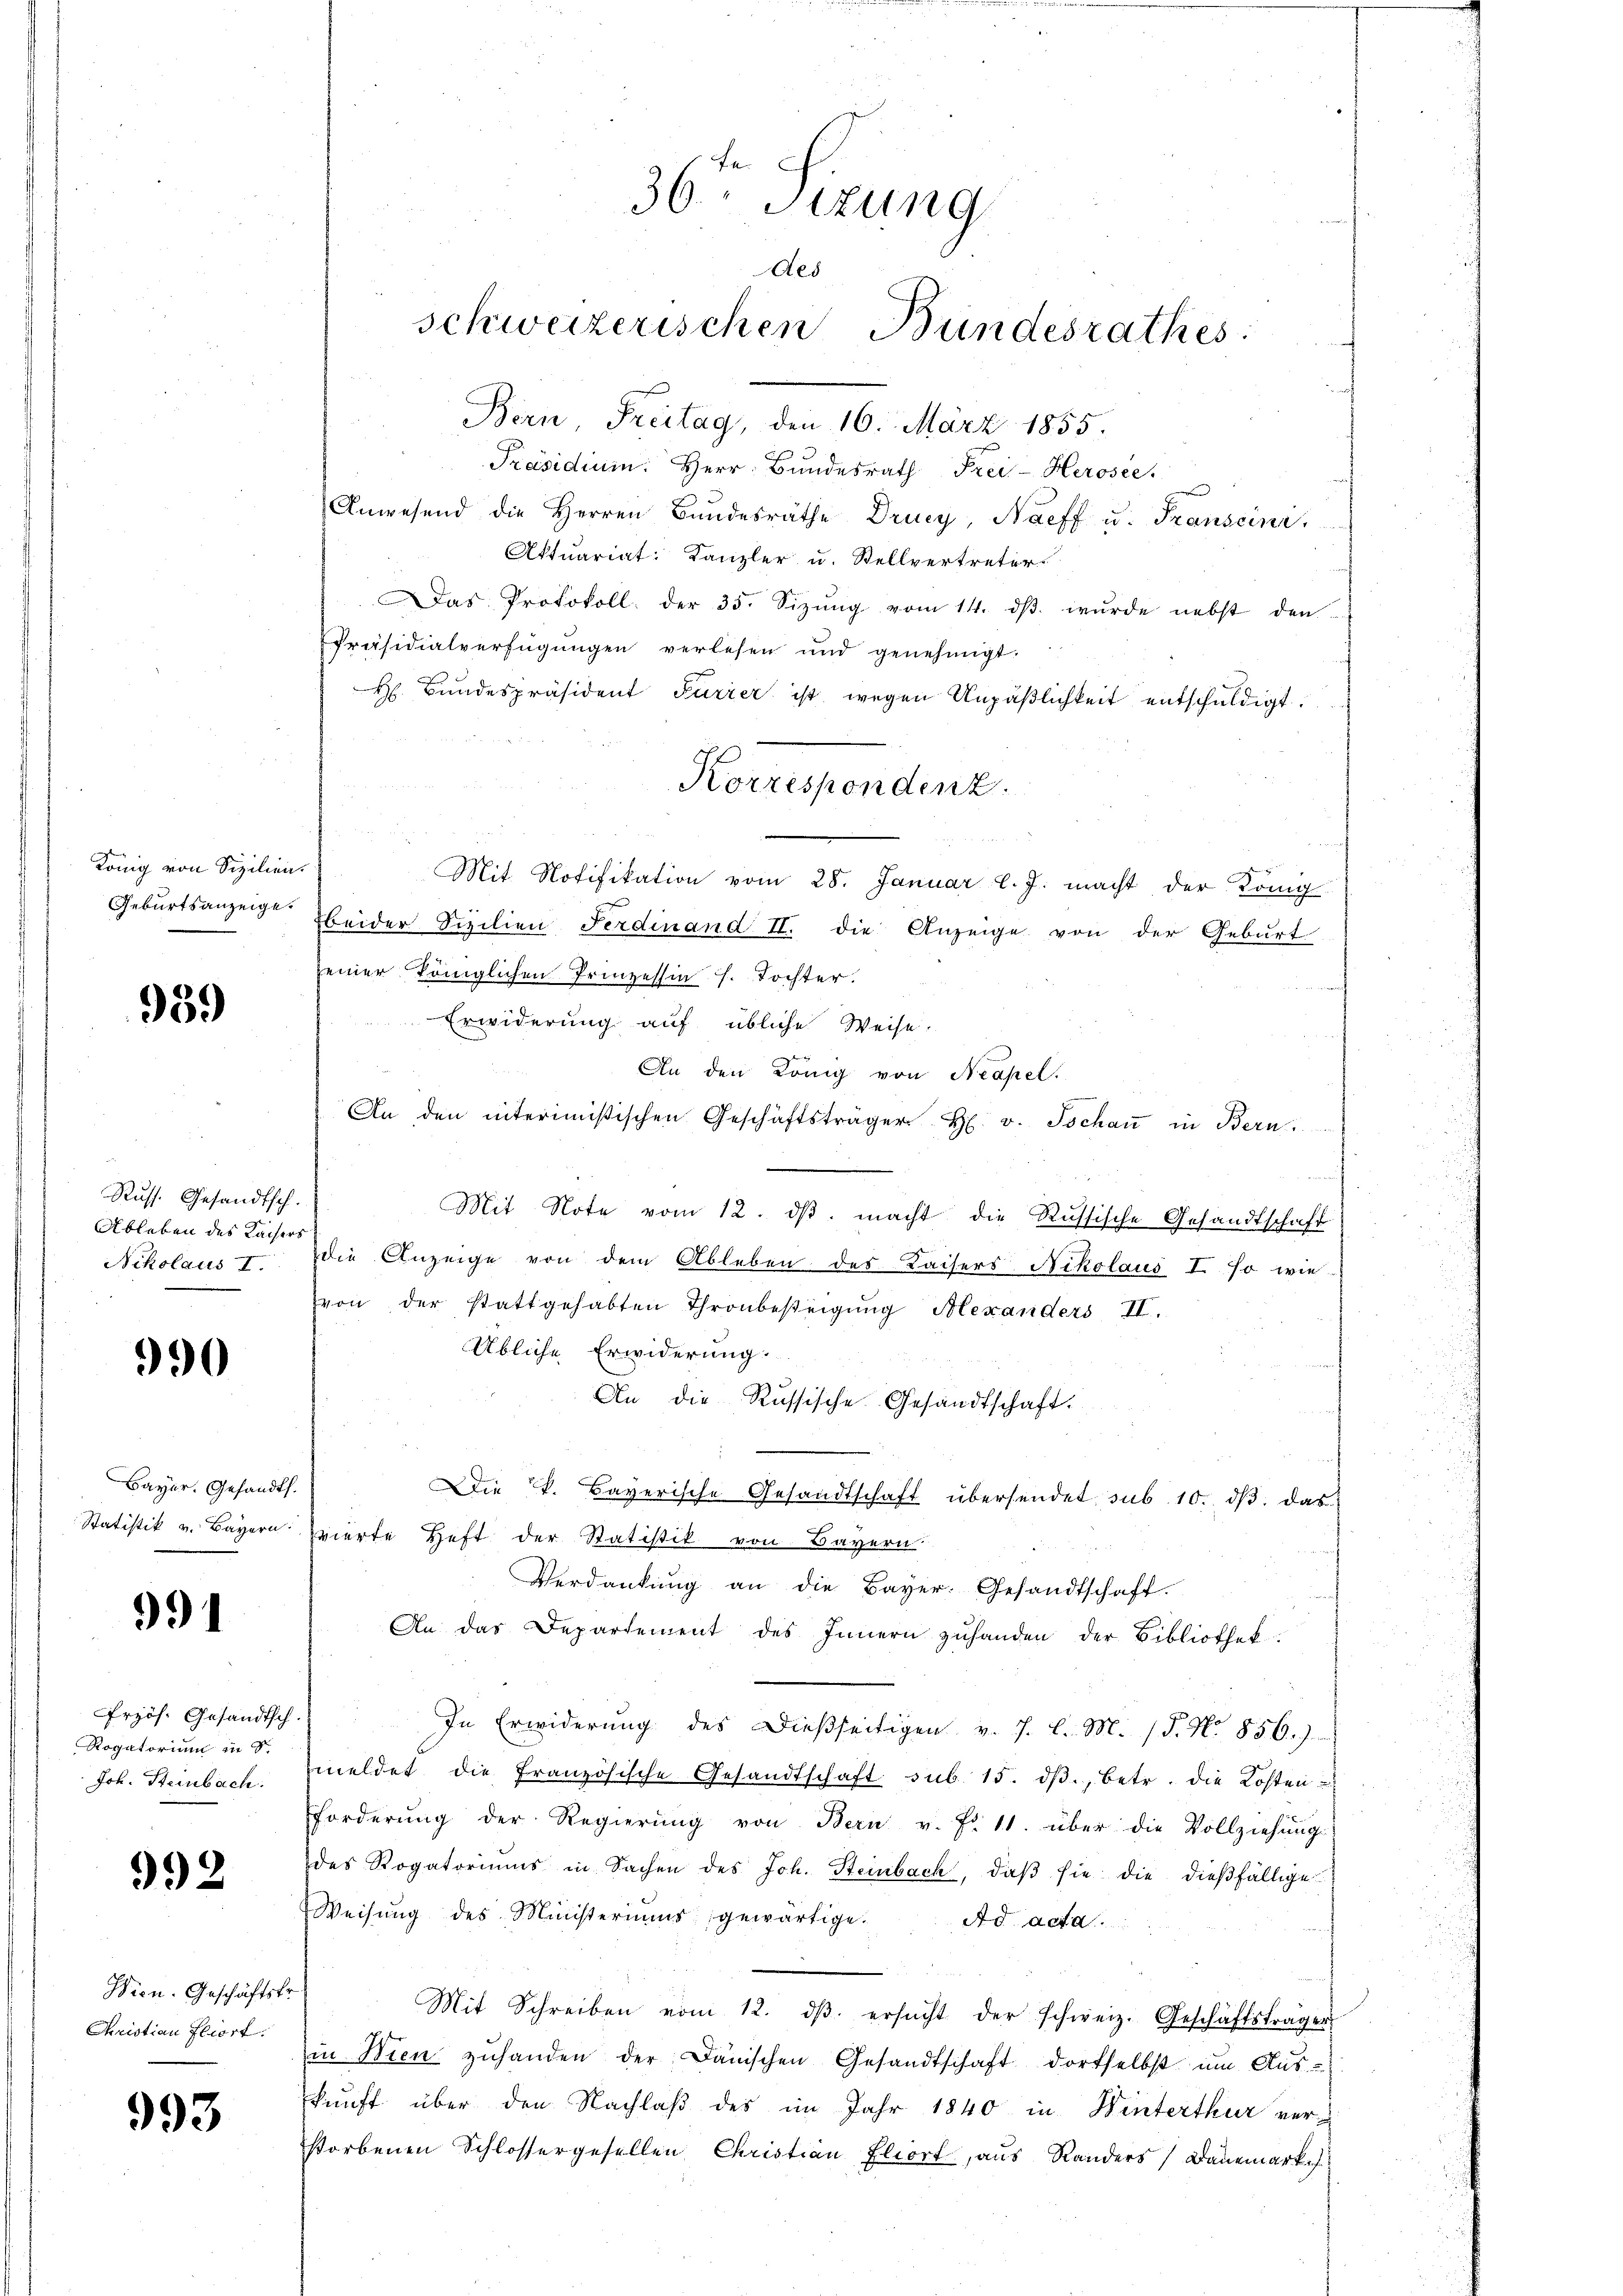
König von Sizilien.

959

Russ. Gesandtsch.
Ableben des Kaisers

990

Bayer. Gesandt.
Statistik v. Bayern.

991

rzös. Gesandtsch.
Rogatorium in S.
Joh. Steinbach.

992

Wien. Geschäftsfr.
Aristian Fliort:

993

36 Sizung
Aes
schweizerischen Bundesrathes:

Bern Freitag, den 16. März 1855.
Präsidium. Herr Bŭndesrath Frei-Herosec
Anwesend die Herren Bundesräthe Drung, Naeff u. Transcini
Aktuariat Kanzler u. Stellvertreter
Das Protokoll der 35. Sizŭng vom 14. dβ wŭrde nebst den
Präsidialverfügŭngen verlesen und genehmigt.
H Bundespräsident Furrer ist, wegen Unpäßlichkeit entschuldigt
Mit Notifikation vom 28. Januar l. J. macht der König
Geburtsanzeige beider Sizilien Ferdinand II. die Anzeige von der Geburt
einer Königlichen Prinzessin s. Tochter.
Erwiderung auf übliche Weise.
An den König von Neapel.
An den interimistischen Geschäftsträger H. v. Tschau in Bern,
Mit Note vom 12. dβ macht die Russische Gesandtschaft
Nikolaus I. die Anzeige von dem Ableben des Kaisers Nikolaus I. so wie
von der stattgehabten Thronbesteigung Alexanders II.
Übliche Erwiderung.
An die Russische Gesandtschaft.
Die k. Bayerische Gesandtschaft übersendet sub 10. dβ das
vierte Heft der Statistik von Bayern.
Verdankung an die Bayer. Gesandtschaft.
An das Departement des Innern zuhanden der Bibliothek.
In Erwiderŭng des dießseitigen v. J. l. M. (T. N. 856.)
meldet die französische Gesandtschaft sub 15. dβ, betr. die Kosten
Forderŭng der Regierŭng von Bern v. Fr. 11. über die Vollziehung
des Rogatoriums in Sachen des Joh. Steinbach, daβ sie die dießfällige
Weisŭng des Ministeriums gewärtige. Ad acta.
Mit Schreiben vom 12. dβ ersŭcht der schweiz. Geschäftsträger
in Wien zŭ handen der Dänischen Gesandtschaft dortselbst ŭm Aŭs-
kunft über den Nachlaß des im Jahr 1840 in Winterthur verstorbenen Schlossergesellen Christian Fliort, aus Randers Bauemarke

Korrespondenz.